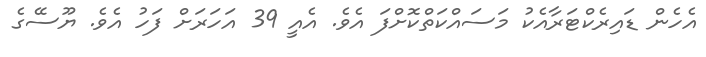
އެހެން ޑައިރެކްޓަރާއެކު މަސައްކަތްކޮށްފަ އެވެ. އެއީ 39 އަހަރަށް ފަހު އެވެ. ޔޫސޭގެ